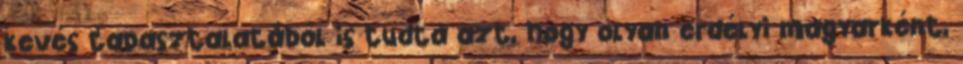
kevés tapasztalatából is tudta azt, hogy olyan erdélyi magyarként,